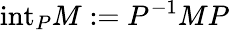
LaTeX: \mathrm{int}_{P}M:=P^{-1}MP